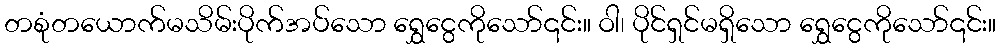
တစုံတယောက်မသိမ်းပိုက်အပ်သော ရွှေငွေကိုသော်၎င်း။ ဝါ၊ ပိုင်ရှင်မရှိသော ရွှေငွေကိုသော်၎င်း။